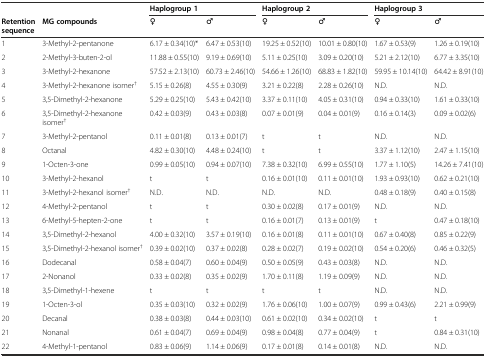
<table><thead><tr><td></td><td></td><td><b>Haplogroup 1</b></td><td></td><td><b>Haplogroup 2</b></td><td></td><td><b>Haplogroup 3</b></td><td></td></tr><tr><td><b>Retention sequence</b></td><td><b>MG compounds</b></td><td><b>♀</b></td><td><b>♂</b></td><td><b>♀</b></td><td><b>♂</b></td><td><b>♀</b></td><td><b>♂</b></td></tr></thead><tbody><tr><td>1</td><td>3-Methyl-2-pentanone</td><td>6.17 ± 0.34(10)*</td><td>6.47 ± 0.53(10)</td><td>19.25 ± 0.52(10)</td><td>10.01 ± 0.80(10)</td><td>1.67 ± 0.53(9)</td><td>1.26 ± 0.19(10)</td></tr><tr><td>2</td><td>2-Methyl-3-buten-2-ol</td><td>11.88 ± 0.55(10)</td><td>9.19 ± 0.69(10)</td><td>5.11 ± 0.25(10)</td><td>3.09 ± 0.20(10)</td><td>5.21 ± 2.12(10)</td><td>6.77 ± 3.35(10)</td></tr><tr><td>3</td><td>3-Methyl-2-hexanone</td><td>57.52 ± 2.13(10)</td><td>60.73 ± 2.46(10)</td><td>54.66 ± 1.26(10)</td><td>68.83 ± 1.82(10)</td><td>59.95 ± 10.14(10)</td><td>64.42 ± 8.91(10)</td></tr><tr><td>4</td><td>3-Methyl-2-hexanone isomer<sup>†</sup></td><td>5.15 ± 0.26(8)</td><td>4.55 ± 0.30(9)</td><td>3.21 ± 0.22(8)</td><td>2.28 ± 0.26(10)</td><td>N.D.</td><td>N.D.</td></tr><tr><td>5</td><td>3,5-Dimethyl-2-hexanone</td><td>5.29 ± 0.25(10)</td><td>5.43 ± 0.42(10)</td><td>3.37 ± 0.11(10)</td><td>4.05 ± 0.31(10)</td><td>0.94 ± 0.33(10)</td><td>1.61 ± 0.33(10)</td></tr><tr><td>6</td><td>3,5-Dimethyl-2-hexanone isomer<sup>†</sup></td><td>0.42 ± 0.03(9)</td><td>0.43 ± 0.03(8)</td><td>0.07 ± 0.01(9)</td><td>0.04 ± 0.01(9)</td><td>0.16 ± 0.14(3)</td><td>0.09 ± 0.02(6)</td></tr><tr><td>7</td><td>3-Methyl-2-pentanol</td><td>0.11 ± 0.01(8)</td><td>0.13 ± 0.01(7)</td><td>t</td><td>t</td><td>N.D.</td><td>N.D.</td></tr><tr><td>8</td><td>Octanal</td><td>4.82 ± 0.30(10)</td><td>4.48 ± 0.24(10)</td><td>t</td><td>t</td><td>3.37 ± 1.12(10)</td><td>2.47 ± 1.15(10)</td></tr><tr><td>9</td><td>1-Octen-3-one</td><td>0.99 ± 0.05(10)</td><td>0.94 ± 0.07(10)</td><td>7.38 ± 0.32(10)</td><td>6.99 ± 0.55(10)</td><td>1.77 ± 1.10(5)</td><td>14.26 ± 7.41(10)</td></tr><tr><td>10</td><td>3-Methyl-2-hexanol</td><td>t</td><td>t</td><td>0.16 ± 0.01(10)</td><td>0.11 ± 0.01(10)</td><td>1.93 ± 0.93(10)</td><td>0.62 ± 0.21(10)</td></tr><tr><td>11</td><td>3-Methyl-2-hexanol isomer<sup>†</sup></td><td>N.D.</td><td>N.D.</td><td>N.D.</td><td>N.D.</td><td>0.48 ± 0.18(9)</td><td>0.40 ± 0.15(8)</td></tr><tr><td>12</td><td>4-Methyl-2-pentanol</td><td>t</td><td>t</td><td>0.30 ± 0.02(8)</td><td>0.17 ± 0.01(9)</td><td>N.D.</td><td>N.D.</td></tr><tr><td>13</td><td>6-Methyl-5-hepten-2-one</td><td>t</td><td>t</td><td>0.16 ± 0.01(7)</td><td>0.13 ± 0.01(9)</td><td>t</td><td>0.47 ± 0.18(10)</td></tr><tr><td>14</td><td>3,5-Dimethyl-2-hexanol</td><td>4.00 ± 0.32(10)</td><td>3.57 ± 0.19(10)</td><td>0.16 ± 0.01(8)</td><td>0.11 ± 0.01(10)</td><td>0.67 ± 0.40(8)</td><td>0.85 ± 0.22(9)</td></tr><tr><td>15</td><td>3,5-Dimethyl-2-hexanol isomer<sup>†</sup></td><td>0.39 ± 0.02(10)</td><td>0.37 ± 0.02(8)</td><td>0.28 ± 0.02(7)</td><td>0.19 ± 0.02(10)</td><td>0.54 ± 0.20(6)</td><td>0.46 ± 0.32(5)</td></tr><tr><td>16</td><td>Dodecanal</td><td>0.58 ± 0.04(7)</td><td>0.60 ± 0.04(9)</td><td>0.50 ± 0.05(9)</td><td>0.43 ± 0.03(8)</td><td>N.D.</td><td>N.D.</td></tr><tr><td>17</td><td>2-Nonanol</td><td>0.33 ± 0.02(8)</td><td>0.35 ± 0.02(9)</td><td>1.70 ± 0.11(8)</td><td>1.19 ± 0.09(9)</td><td>N.D.</td><td>N.D.</td></tr><tr><td>18</td><td>3,5-Dimethyl-1-hexene</td><td>t</td><td>t</td><td>t</td><td>t</td><td>N.D.</td><td>N.D.</td></tr><tr><td>19</td><td>1-Octen-3-ol</td><td>0.35 ± 0.03(10)</td><td>0.32 ± 0.02(9)</td><td>1.76 ± 0.06(10)</td><td>1.00 ± 0.07(9)</td><td>0.99 ± 0.43(6)</td><td>2.21 ± 0.99(9)</td></tr><tr><td>20</td><td>Decanal</td><td>0.38 ± 0.03(8)</td><td>0.44 ± 0.03(10)</td><td>0.61 ± 0.02(10)</td><td>0.34 ± 0.02(10)</td><td>t</td><td>t</td></tr><tr><td>21</td><td>Nonanal</td><td>0.61 ± 0.04(7)</td><td>0.69 ± 0.04(9)</td><td>0.98 ± 0.04(8)</td><td>0.77 ± 0.04(9)</td><td>t</td><td>0.84 ± 0.31(10)</td></tr><tr><td>22</td><td>4-Methyl-1-pentanol</td><td>0.83 ± 0.06(9)</td><td>1.14 ± 0.06(9)</td><td>0.17 ± 0.01(8)</td><td>0.14 ± 0.01(8)</td><td>N.D.</td><td>N.D.</td></tr></tbody></table>